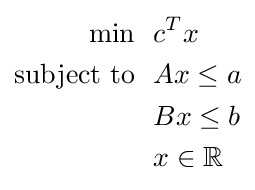
{\begin{aligned}\min ~~&c^{T}x\\{\text{subject to}}~~&Ax\leq a\\&Bx\leq b\\&x\in \mathbb {R} \end{aligned}}